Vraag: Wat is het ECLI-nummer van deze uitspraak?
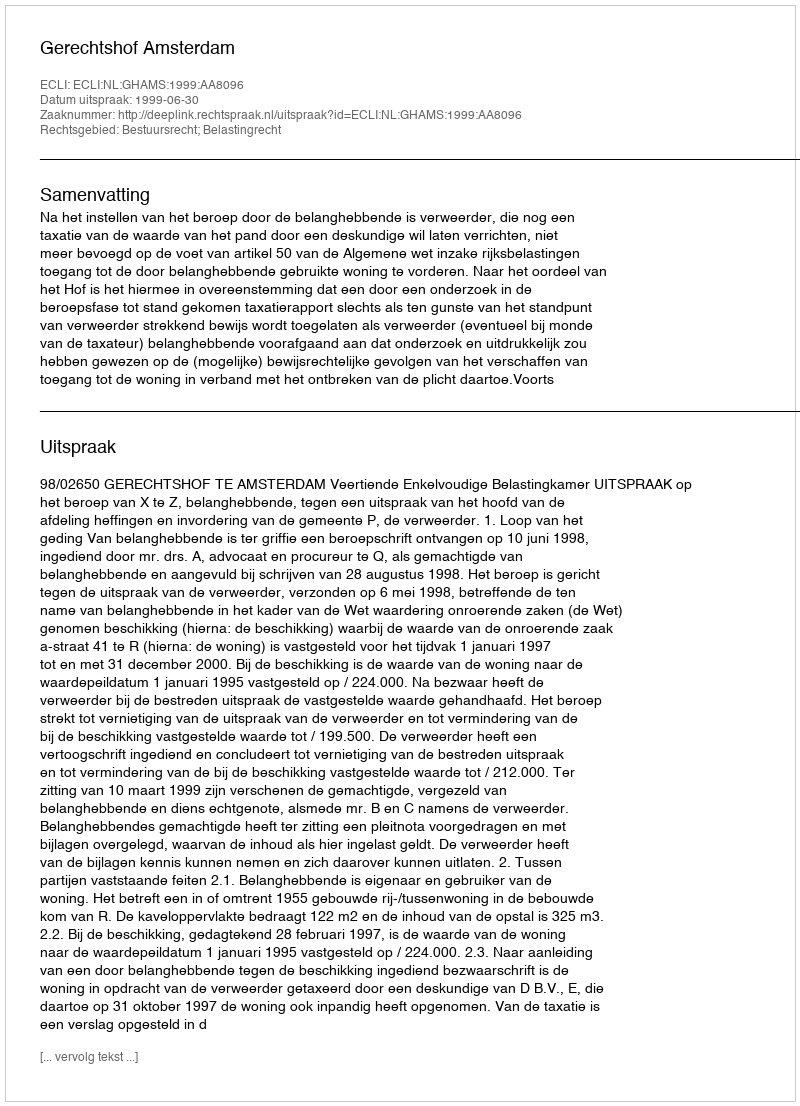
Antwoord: ECLI:NL:GHAMS:1999:AA8096